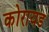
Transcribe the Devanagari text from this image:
कोरायड